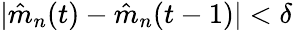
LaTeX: |\hat{m}_{n}(t)-\hat{m}_{n}(t-1)|<\delta